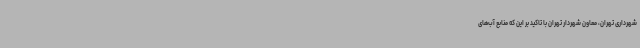
شهرداری تهران، معاون شهردار تهران با تاکید بر این که منابع آب‌های